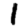
Digit: 1